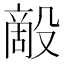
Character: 𰚇